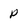
Character: p